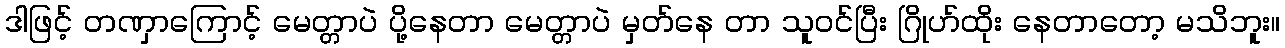
ဒါဖြင့် တဏှာကြောင့် မေတ္တာပဲ ပို့နေတာ မေတ္တာပဲ မှတ်နေ တာ သူဝင်ပြီး ဂြိုဟ်ထိုး နေတာတော့ မသိဘူး။